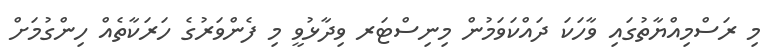
މި ރަސްމިއްޔާތުގައި ވާހަކަ ދައްކަވަމުން މިނިސްޓަރ ވިދާޅުވީ މި ފެންވަރުގެ ހަރަކާތެއް ހިންގުމަށް